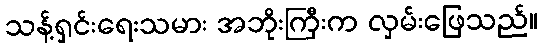
သန့်ရှင်းရေးသမား အဘိုးကြီးက လှမ်းဖြေသည်။